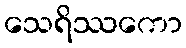
သေရိဿကော